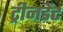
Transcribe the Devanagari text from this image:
ट्रीनडेंट